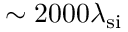
\sim 2 0 0 0 \lambda _ { \mathrm { s i } }